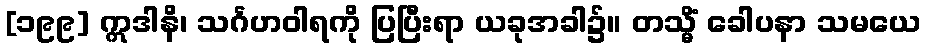
[၁၉၉] ဣဒါနိ၊ သင်္ဂဟဝါရကို ပြပြီးရာ ယခုအခါ၌။ တသ္မိံ ခေါပနာ သမယေ